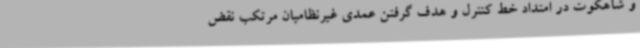
و شاهکوت در امتداد خط کنترل و هدف گرفتن عمدی غیرنظامیان مرتکب نقض